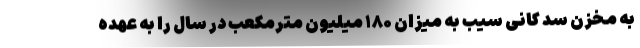
به مخزن سد کانی سیب به میزان ۱۸۰ میلیون مترمکعب در سال را به عهده